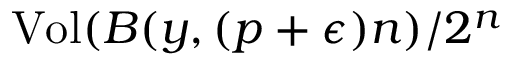
{ \mathrm { V o l } } ( B ( y , ( p + \epsilon ) n ) / 2 ^ { n }